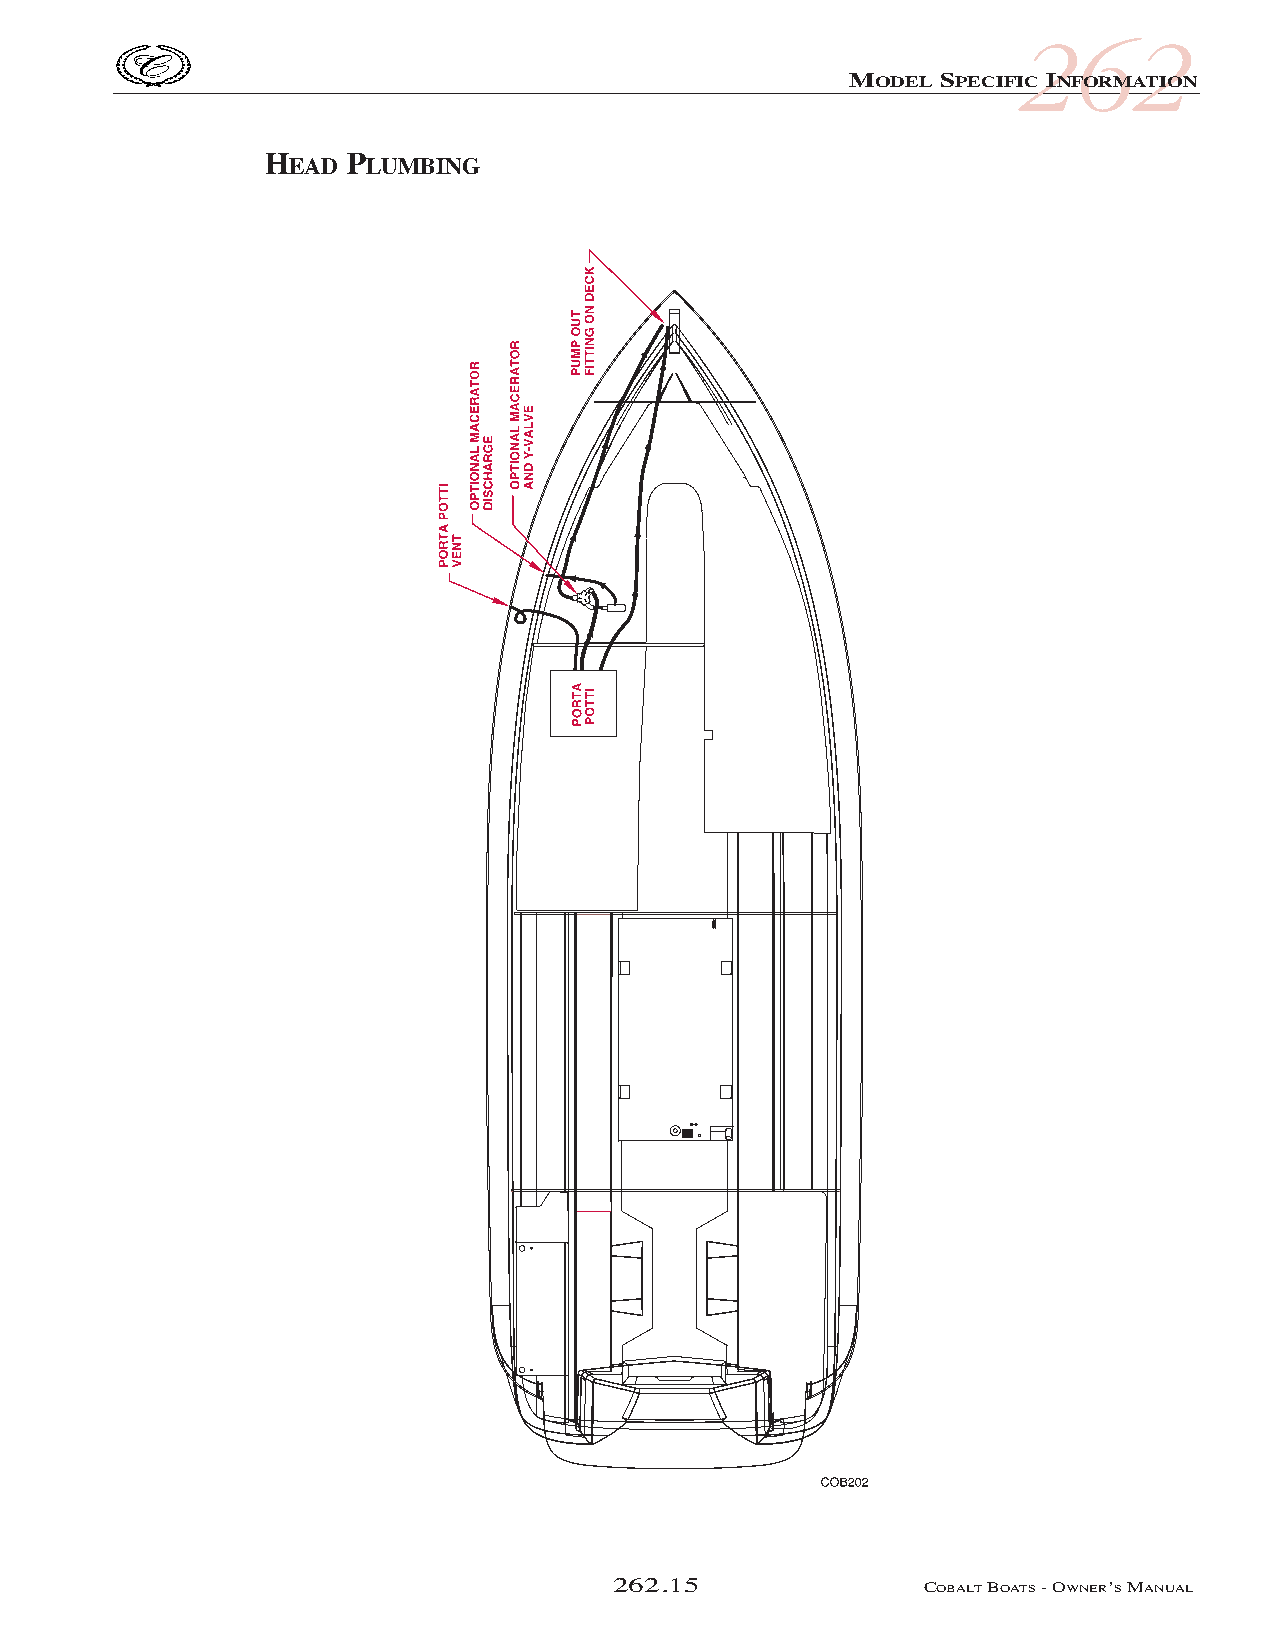
COB_05 Sect 262.qxd 3/18/05 9:28 AM Page 262.15
 262
 MODEL SPECIFIC INFORMATION
 HEAD PLUMBING
 262.15               COBALTBOATS- OWNER’SMANUAL